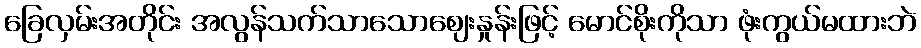
ခြေလှမ်းအတိုင်း အလွန်သက်သာသောဈေးနှုန်းဖြင့် မောင်စိုးကိုသာ ဖုံးကွယ်မထားဘဲ